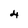
Character: 4